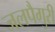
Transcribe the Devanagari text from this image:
जलपैगुरी